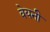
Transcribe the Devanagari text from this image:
वेयनी